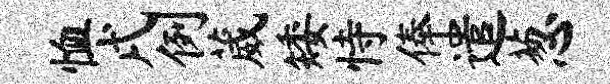
恤戌例葳矮恃俸遣葱